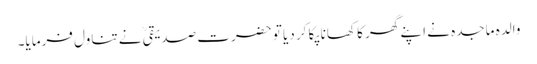
والدہ ماجدہ نے اپنے گھر کا کھانا پکا کر دیا تو حضرت صدیقیؒ نے تناول فرمایا۔